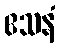
ဧသနံ